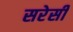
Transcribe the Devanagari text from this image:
सरेसी